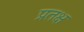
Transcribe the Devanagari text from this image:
प्रतक्ष